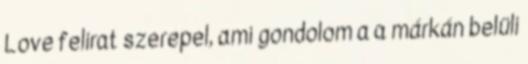
Love felirat szerepel, ami gondolom a a márkán belüli